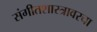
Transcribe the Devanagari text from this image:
संगीतशास्त्रावरचा